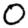
Digit: 0